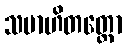
သမာဟိတတ္တော